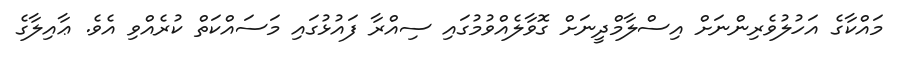
މައްކާގެ އަހުލުވެރިންނަށް އިސްލާމްދީނަށް ގޮވާލެއްވުމުގައި ސިއްރާ ފައުޅުގައި މަސައްކަތް ކުރެއްވި އެވެ. ޢާއިލާގެ